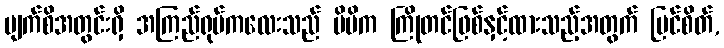
မျက်စိအတွင်းရှိ အကြည်ရုပ်ကလေးသည် မိမိက ကြိုတင်ဖြစ်နှင့်ထားသည့်အတွက် မြင်စိတ်,